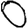
Digit: 0